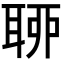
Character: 𦕼